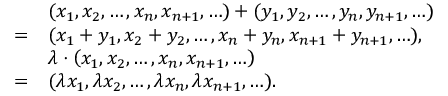
{ \begin{array} { r l } & { ( x _ { 1 } , x _ { 2 } , \ldots , x _ { n } , x _ { n + 1 } , \ldots ) + ( y _ { 1 } , y _ { 2 } , \ldots , y _ { n } , y _ { n + 1 } , \ldots ) } \\ { = } & { ( x _ { 1 } + y _ { 1 } , x _ { 2 } + y _ { 2 } , \ldots , x _ { n } + y _ { n } , x _ { n + 1 } + y _ { n + 1 } , \ldots ) , } \\ & { \lambda \cdot \left( x _ { 1 } , x _ { 2 } , \ldots , x _ { n } , x _ { n + 1 } , \ldots \right) } \\ { = } & { ( \lambda x _ { 1 } , \lambda x _ { 2 } , \ldots , \lambda x _ { n } , \lambda x _ { n + 1 } , \ldots ) . } \end{array} }